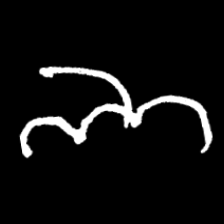
Pyu character \u2014 Myanmar letter: ဘ (romanized: bha)